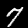
Label: 7